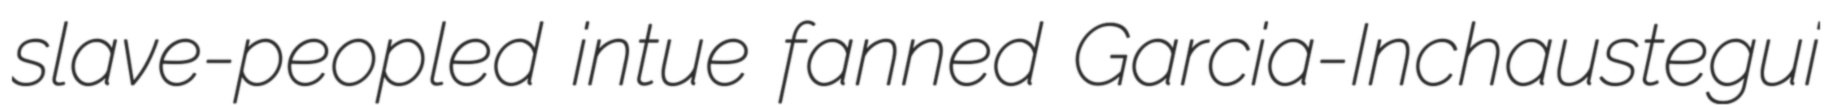
slave-peopled intue fanned Garcia-Inchaustegui